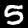
Digit: 5